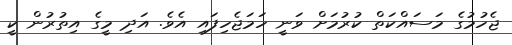
ޖެހުމުގެ މަސައްކަތް ކުރުމަށް ވަނީ ހަމަޖެހިފައި އެވެ. އަދި މީގެ އިތުރުން ކީ